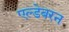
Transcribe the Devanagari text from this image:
एल्डेबरन